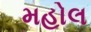
મહોલ